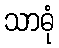
သာဓုံ